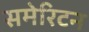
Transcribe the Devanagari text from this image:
समेरिटन